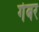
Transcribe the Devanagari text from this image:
गेबर